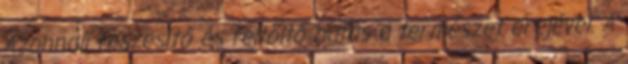
Azonnali feszesítő és feltöltő hatás a természet erejével. A